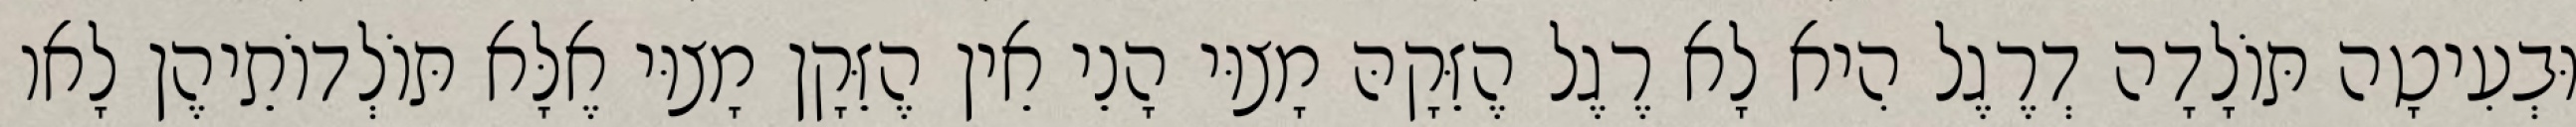
וּבְעִיטָה תּוֹלָדָה דְרֶגֶל הִיא לָא רֶגֶל הֶזֵּקָהּ מָצוּי הָנֵי אֵין הֶזֵּקָן מָצוּי אֶלָּא תּוֹלְדוֹתֵיהֶן לָאו